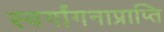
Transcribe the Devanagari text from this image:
स्वर्गांगनाप्राप्ति